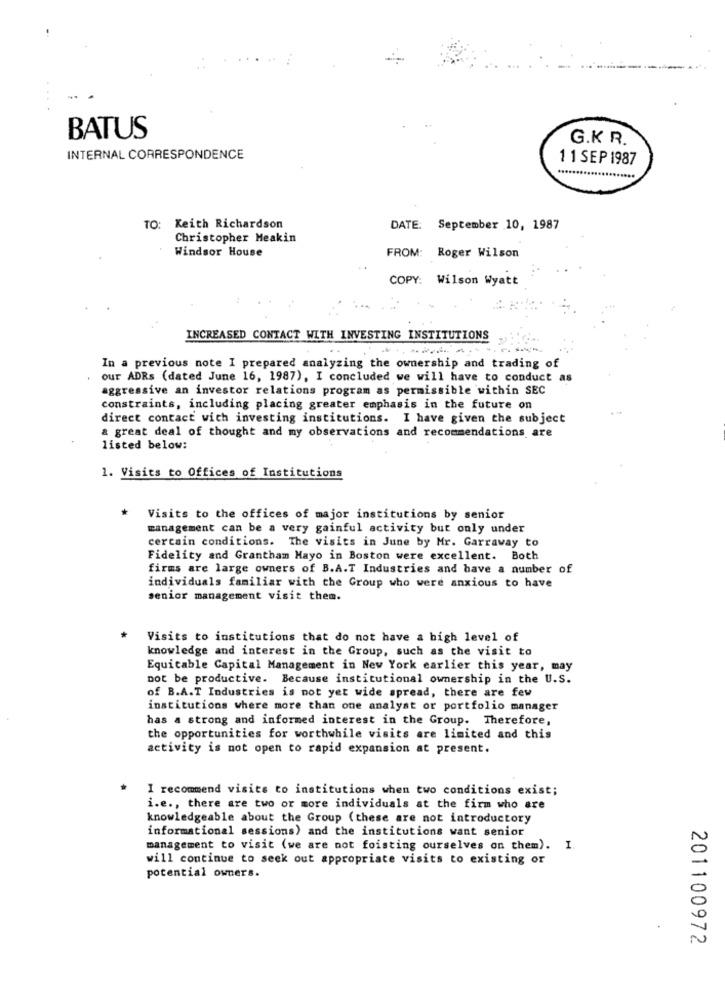
BATUS
G.K R.
INTERNAL CORRESPONDENCE
11 SEP 1987
TO: Keith Richardson
DATE: September 10, 1987
Christopher Meakin
Windsor House
FROM: Roger Wilson
COPY: Wilson Wyatt
INCREASED CONTACT WITH INVESTING INSTITUTIONS
In a previous note I prepared analyzing the ownership and trading of
our ADRs (dated June 16, 1987), I concluded we will have to conduct as
aggressive an investor relations program as permissible within SEC
constraints, including placing greater emphasis in the future on
direct contact with investing institutions. I have given the subject
a great deal of thought and my observations and recommendations are
listed below:
1. Visits to Offices of Institutions
*
Visits to the offices of major institutions by senior
management can be a very gainful activity but only under
certain conditions. The visits in June by Mr. Garraway to
Fidelity and Grantham Mayo in Boston were excellent. Both
firms are large owners of B.A.T Industries and have a number of
individuals familiar with the Group who were anxious to have
senior management visit them.
Visits to institutions that do not have a high level of
knowledge and interest in the Group, such as the visit to
Equitable Capital Management in New York earlier this year, may
not be productive. Because institutional ownership in the U.S.
of B.A.T Industries is not yet wide spread, there are few
institutions where more than one analyst or portfolio manager
has a strong and informed interest in the Group. Therefore,
the opportunities for worthwhile visits are limited and this
activity is not open to rapid expansion at present.
I recommend visits to institutions when two conditions exist;
i.e ., there are two or more individuals at the firm who are
knowledgeable about the Group (these are not introductory
informational sessions) and the institutions want senior
management to visit (we are not foisting ourselves on them). I.
will continue to seek out appropriate visits to existing or
potential owners.
201100972